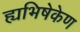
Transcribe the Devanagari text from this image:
ह्यभिषेकेण